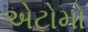
એટોમો